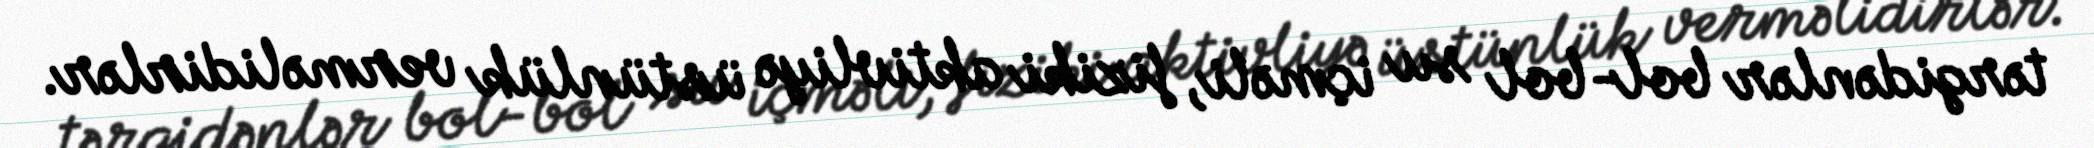
tərgidənlər bol-bol su içməli, fiziki aktivliyə üstünlük verməlidirlər.